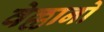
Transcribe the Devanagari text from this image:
वेल्लानो